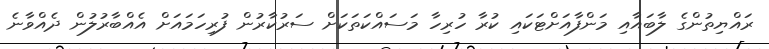
ރައްޔިތުންގެ ލާބައާއި މަންފާއަށްޓަކައި ކުރާ ހުރިހާ މަސައްކަތަކަށް ސަރުކާރުން ފުރިހަމައަށް އެއްބާރުލުން ދެއްވާނެ